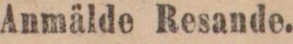
Anmälde Resande.